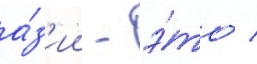
а́з'ии - э́то /